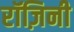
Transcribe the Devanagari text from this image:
रॉज़िनी